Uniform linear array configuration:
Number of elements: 64
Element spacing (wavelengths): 0.75
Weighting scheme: cosine
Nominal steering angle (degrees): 45
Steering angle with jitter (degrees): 46.74
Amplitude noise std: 0.05
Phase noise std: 0.05

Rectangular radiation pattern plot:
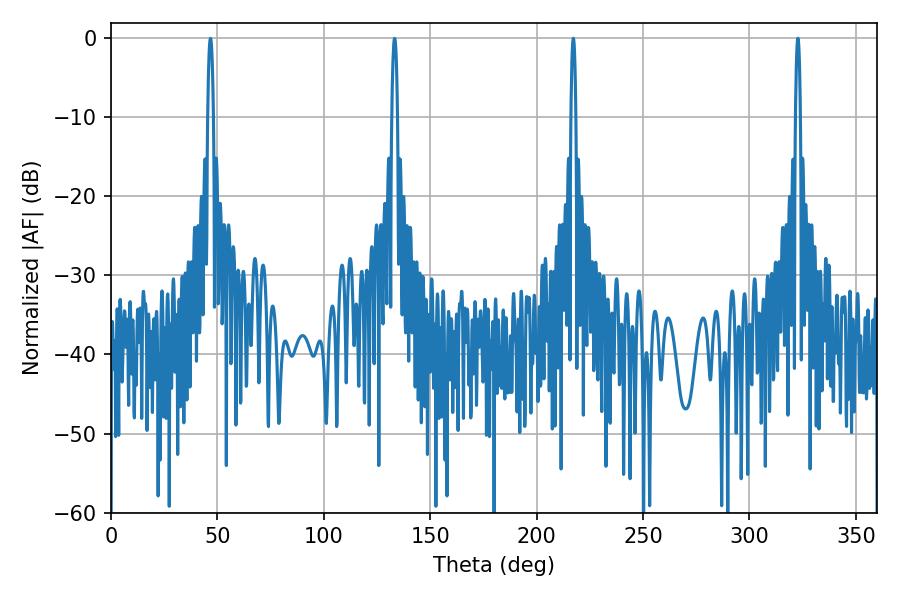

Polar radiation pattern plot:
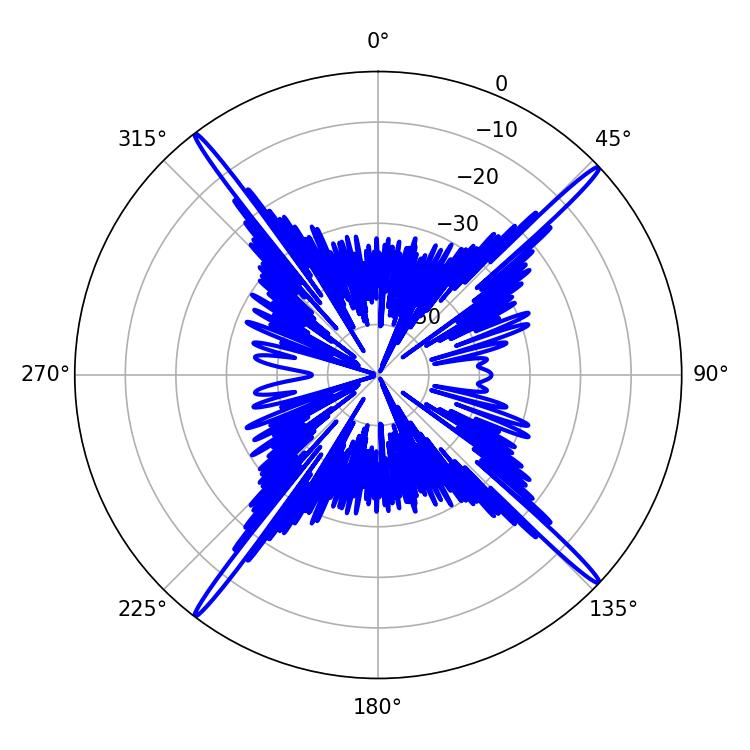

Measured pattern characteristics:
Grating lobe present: TRUE
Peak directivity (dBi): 21.95
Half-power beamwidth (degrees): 1.08
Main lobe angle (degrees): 322.74